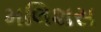
મલિશસ